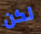
لكن